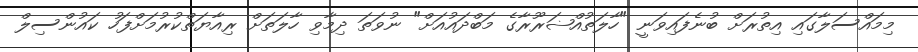
މިމައްސަލާގައި އިތުރަށް ބުނެފައިވަނީ "ހާލަތުއްޟަރޫރާގެ މަބްދައުއަށް" ނުވަތަ ދިމާވި ހާލަތަށް ރިއާޔަތްކުރުމަށްފަހު ކައުންސިލް